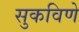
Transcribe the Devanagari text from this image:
सुकविणे